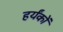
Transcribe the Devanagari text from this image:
हर्यंकों